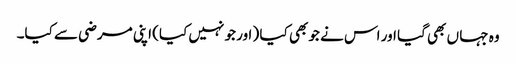
وہ جہا ں بھی گیا اور اس نے جو بھی کیا ( اور جو نہیں کیا) اپنی مرضی سے کیا۔